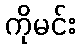
ကိုမင်း